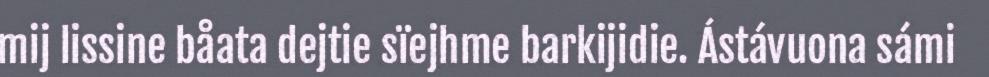
mij lissine båata dejtie sïejhme barkijidie. Ástávuona sámi